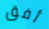
أفق